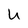
Character: U